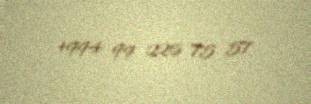
+994 99 226 75 57